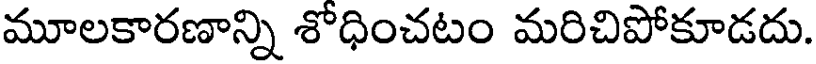
మూలకారణాన్ని శోధించటం మరిచిపోకూడదు.